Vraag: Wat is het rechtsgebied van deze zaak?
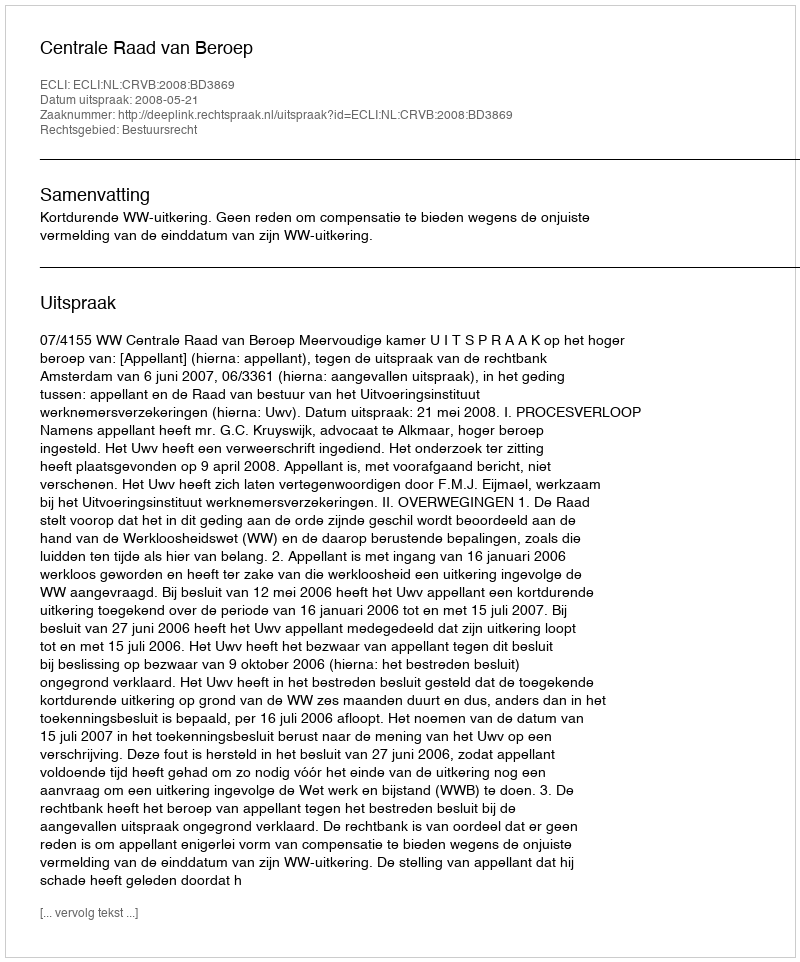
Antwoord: Bestuursrecht